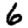
Digit: 6